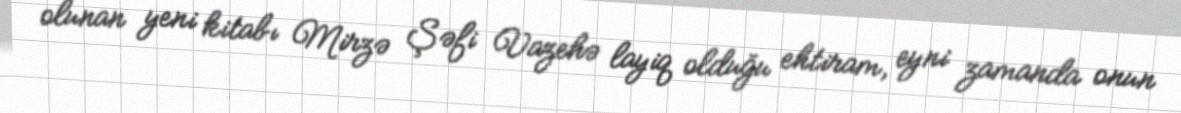
olunan yeni kitabı Mirzə Şəfi Vazehə layiq olduğu ehtiram, eyni zamanda onun